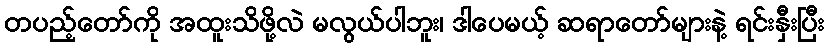
တပည့်တော်ကို အထူးသိဖို့လဲ မလွယ်ပါဘူး၊ ဒါပေမယ့် ဆရာတော်များနဲ့ ရင်းနှီးပြီး